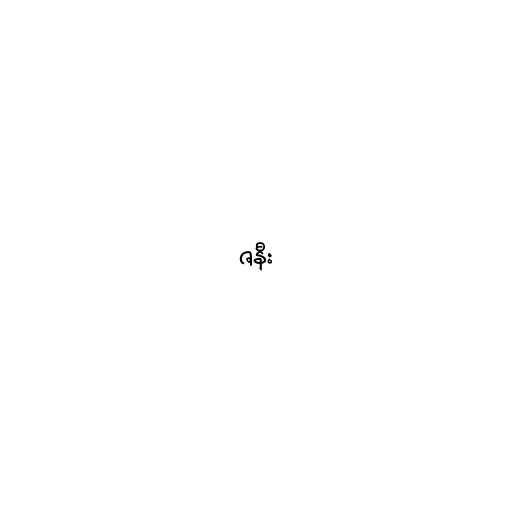
ဇနီး